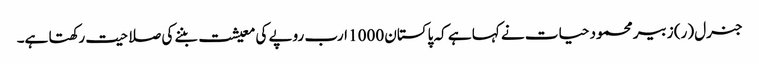
جنرل (ر) زبیر محمود حیات نے کہا ہے کہ پاکستان 1000 ارب روپے کی معیشت بننے کی صلاحیت رکھتا ہے۔